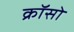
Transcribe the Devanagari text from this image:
क्रॉसो